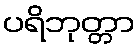
ပရိဘုတ္တာ